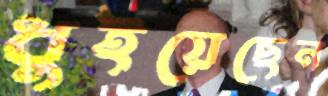
ধুইয়েছেন